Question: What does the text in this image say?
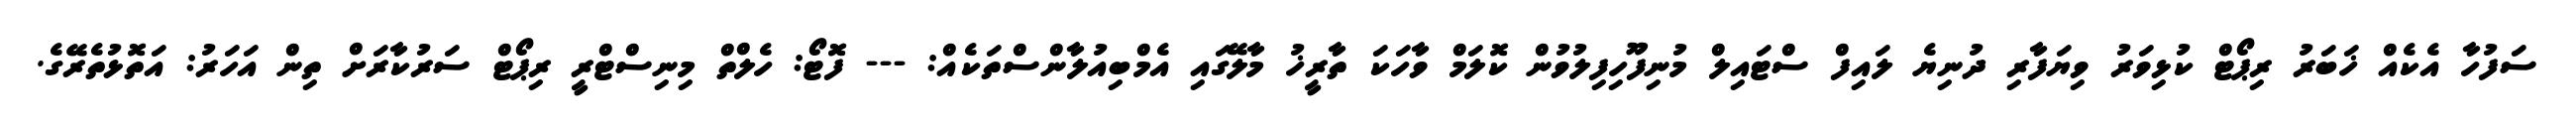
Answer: ސަފުހާ އެކެއް ޚަބަރު ރިޕޯޓް ކުޅިވަރު ވިޔަފާރި ދުނިޔެ ލައިފް ސްޓައިލް މުނިފޫހިފިލުވުން ކޮލަމް ވާހަކަ ތާރީޚު މާލޭގައި އެމްބިއުލާންސްތަކެއް: --- ފޮޓޯ: ހެލްތް މިނިސްޓްރީ ރިޕޯޓް ސަރުކާރަށް ތިން އަހަރު: އަތޮޅުތެރޭގެ.